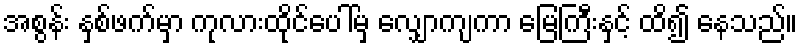
အစွန်း နှစ်ဖက်မှာ ကုလားထိုင်ပေါ်မှ လျှောကျကာ မြေကြီးနှင့် ထိ၍ နေသည်။